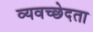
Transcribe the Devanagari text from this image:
व्यवच्छेदता